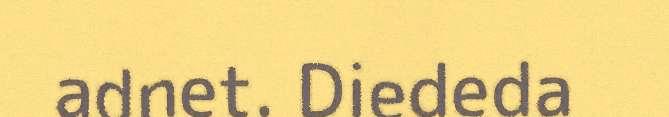
adnet. Diededa